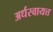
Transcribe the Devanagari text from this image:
अर्धस्वायत्त